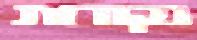
נקודות